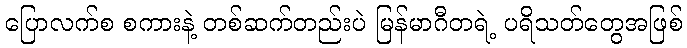
ပြောလက်စ စကားနဲ့ တစ်ဆက်တည်းပဲ မြန်မာဂီတရဲ့ ပရိသတ်တွေအဖြစ်